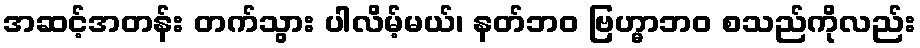
အဆင့်အတန်း တက်သွား ပါလိမ့်မယ်၊ နတ်ဘဝ ဗြဟ္မာဘဝ စသည်ကိုလည်း